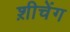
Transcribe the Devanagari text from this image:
श़ीचेंग